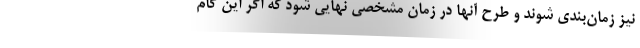
نیز زمان‌بندی شوند و طرح آنها در زمان مشخصی نهایی شود که اگر این گام